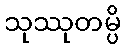
သုဿုတမ္ပိ